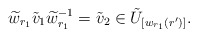
\begin{align*} \widetilde w_{r_1} \tilde{v}_1 \widetilde w_{r_1}^{-1} = \tilde{v}_2 \in \tilde{U}_{[w_{r_1}(r')]}.\end{align*}